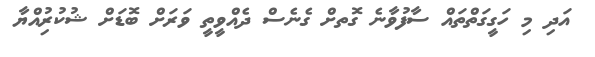
އަދި މި ހަގީގަތްތައް ސާފުވާނެ ގޮތށް ގެނެސް ދެއްވީތީ ވަރަށް ބޮޑަށް ޝުކުރުިއްޔާ